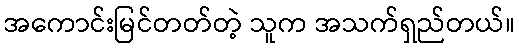
အကောင်းမြင်တတ်တဲ့ သူက အသက်ရှည်တယ်။